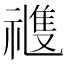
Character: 𥛭